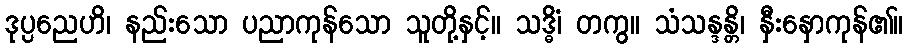
ဒုပ္ပညေဟိ၊ နည်းသော ပညာကုန်သော သူတို့နှင့်။ သဒ္ဓိံ၊ တကွ။ သံသန္ဒန္တိ၊ နှီးနှောကုန်၏။